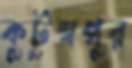
কুটুম্বপুর